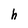
Character: h